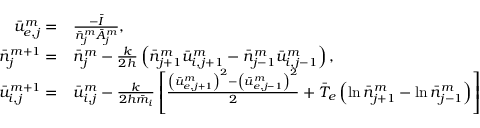
\begin{array} { r l } { \bar { u } _ { e , j } ^ { m } = } & { { } \frac { - \bar { I } } { \bar { n } _ { j } ^ { m } \bar { A } _ { j } ^ { m } } , } \\ { \bar { n } _ { j } ^ { m + 1 } = } & { { } \bar { n } _ { j } ^ { m } - \frac { k } { 2 h } \left( \bar { n } _ { j + 1 } ^ { m } \bar { u } _ { i , j + 1 } ^ { m } - \bar { n } _ { j - 1 } ^ { m } \bar { u } _ { i , j - 1 } ^ { m } \right) , } \\ { \bar { u } _ { i , j } ^ { m + 1 } = } & { { } \bar { u } _ { i , j } ^ { m } - \frac { k } { 2 h \bar { m } _ { i } } \left[ \frac { \left( \bar { u } _ { e , j + 1 } ^ { m } \right) ^ { 2 } - \left( \bar { u } _ { e , j - 1 } ^ { m } \right) ^ { 2 } } { 2 } + \bar { T } _ { e } \left( \ln \bar { n } _ { j + 1 } ^ { m } - \ln \bar { n } _ { j - 1 } ^ { m } \right) \right] } \end{array}